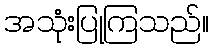
အသုံးပြုကြသည်။